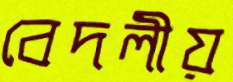
বেদলীয়